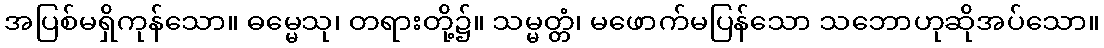
အပြစ်မရှိကုန်သော။ ဓမ္မေသု၊ တရားတို့၌။ သမ္မတ္တံ၊ မဖောက်မပြန်သော သဘောဟုဆိုအပ်သော။